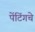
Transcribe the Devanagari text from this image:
पेंटिंगचे